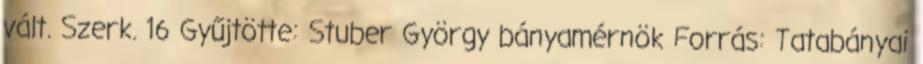
vált. Szerk. 16 Gyűjtötte: Stuber György bányamérnök Forrás: Tatabányai